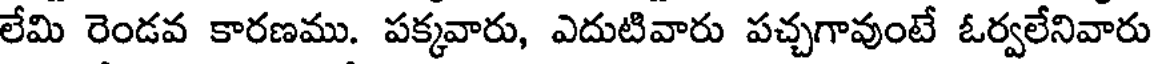
లేమి రెండవ కారణము. పక్కవారు, ఎదుటివారు పచ్చగావుంటే ఓర్వలేనివారు